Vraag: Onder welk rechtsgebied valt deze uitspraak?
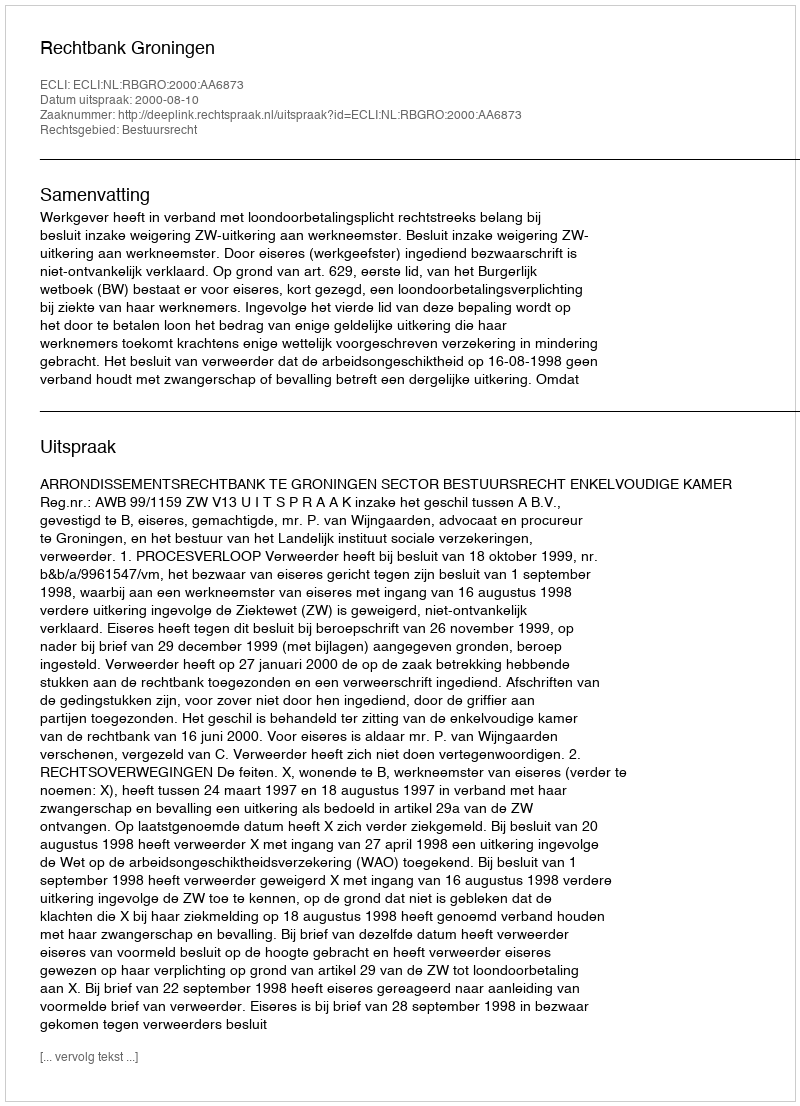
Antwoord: Bestuursrecht